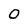
Character: 0